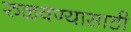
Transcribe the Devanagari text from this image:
रुळवण्यासाठी